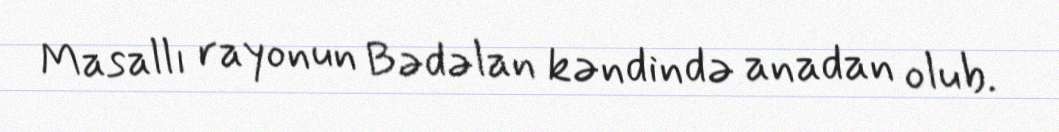
Masallı rayonun Bədəlan kəndində anadan olub.